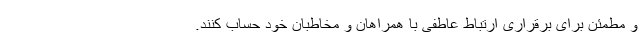
و مطمئن برای برقراری ارتباط عاطفی با همراهان و مخاطبان خود حساب کنند.